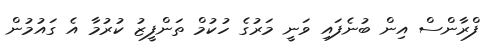
ފްރާންސް އިން ބުނެފައި ވަނީ މަރުގެ ހުކުމް ތަންފީޒު ކުރުމާ އެ ގައުމުން